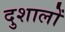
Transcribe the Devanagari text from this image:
दुशालों